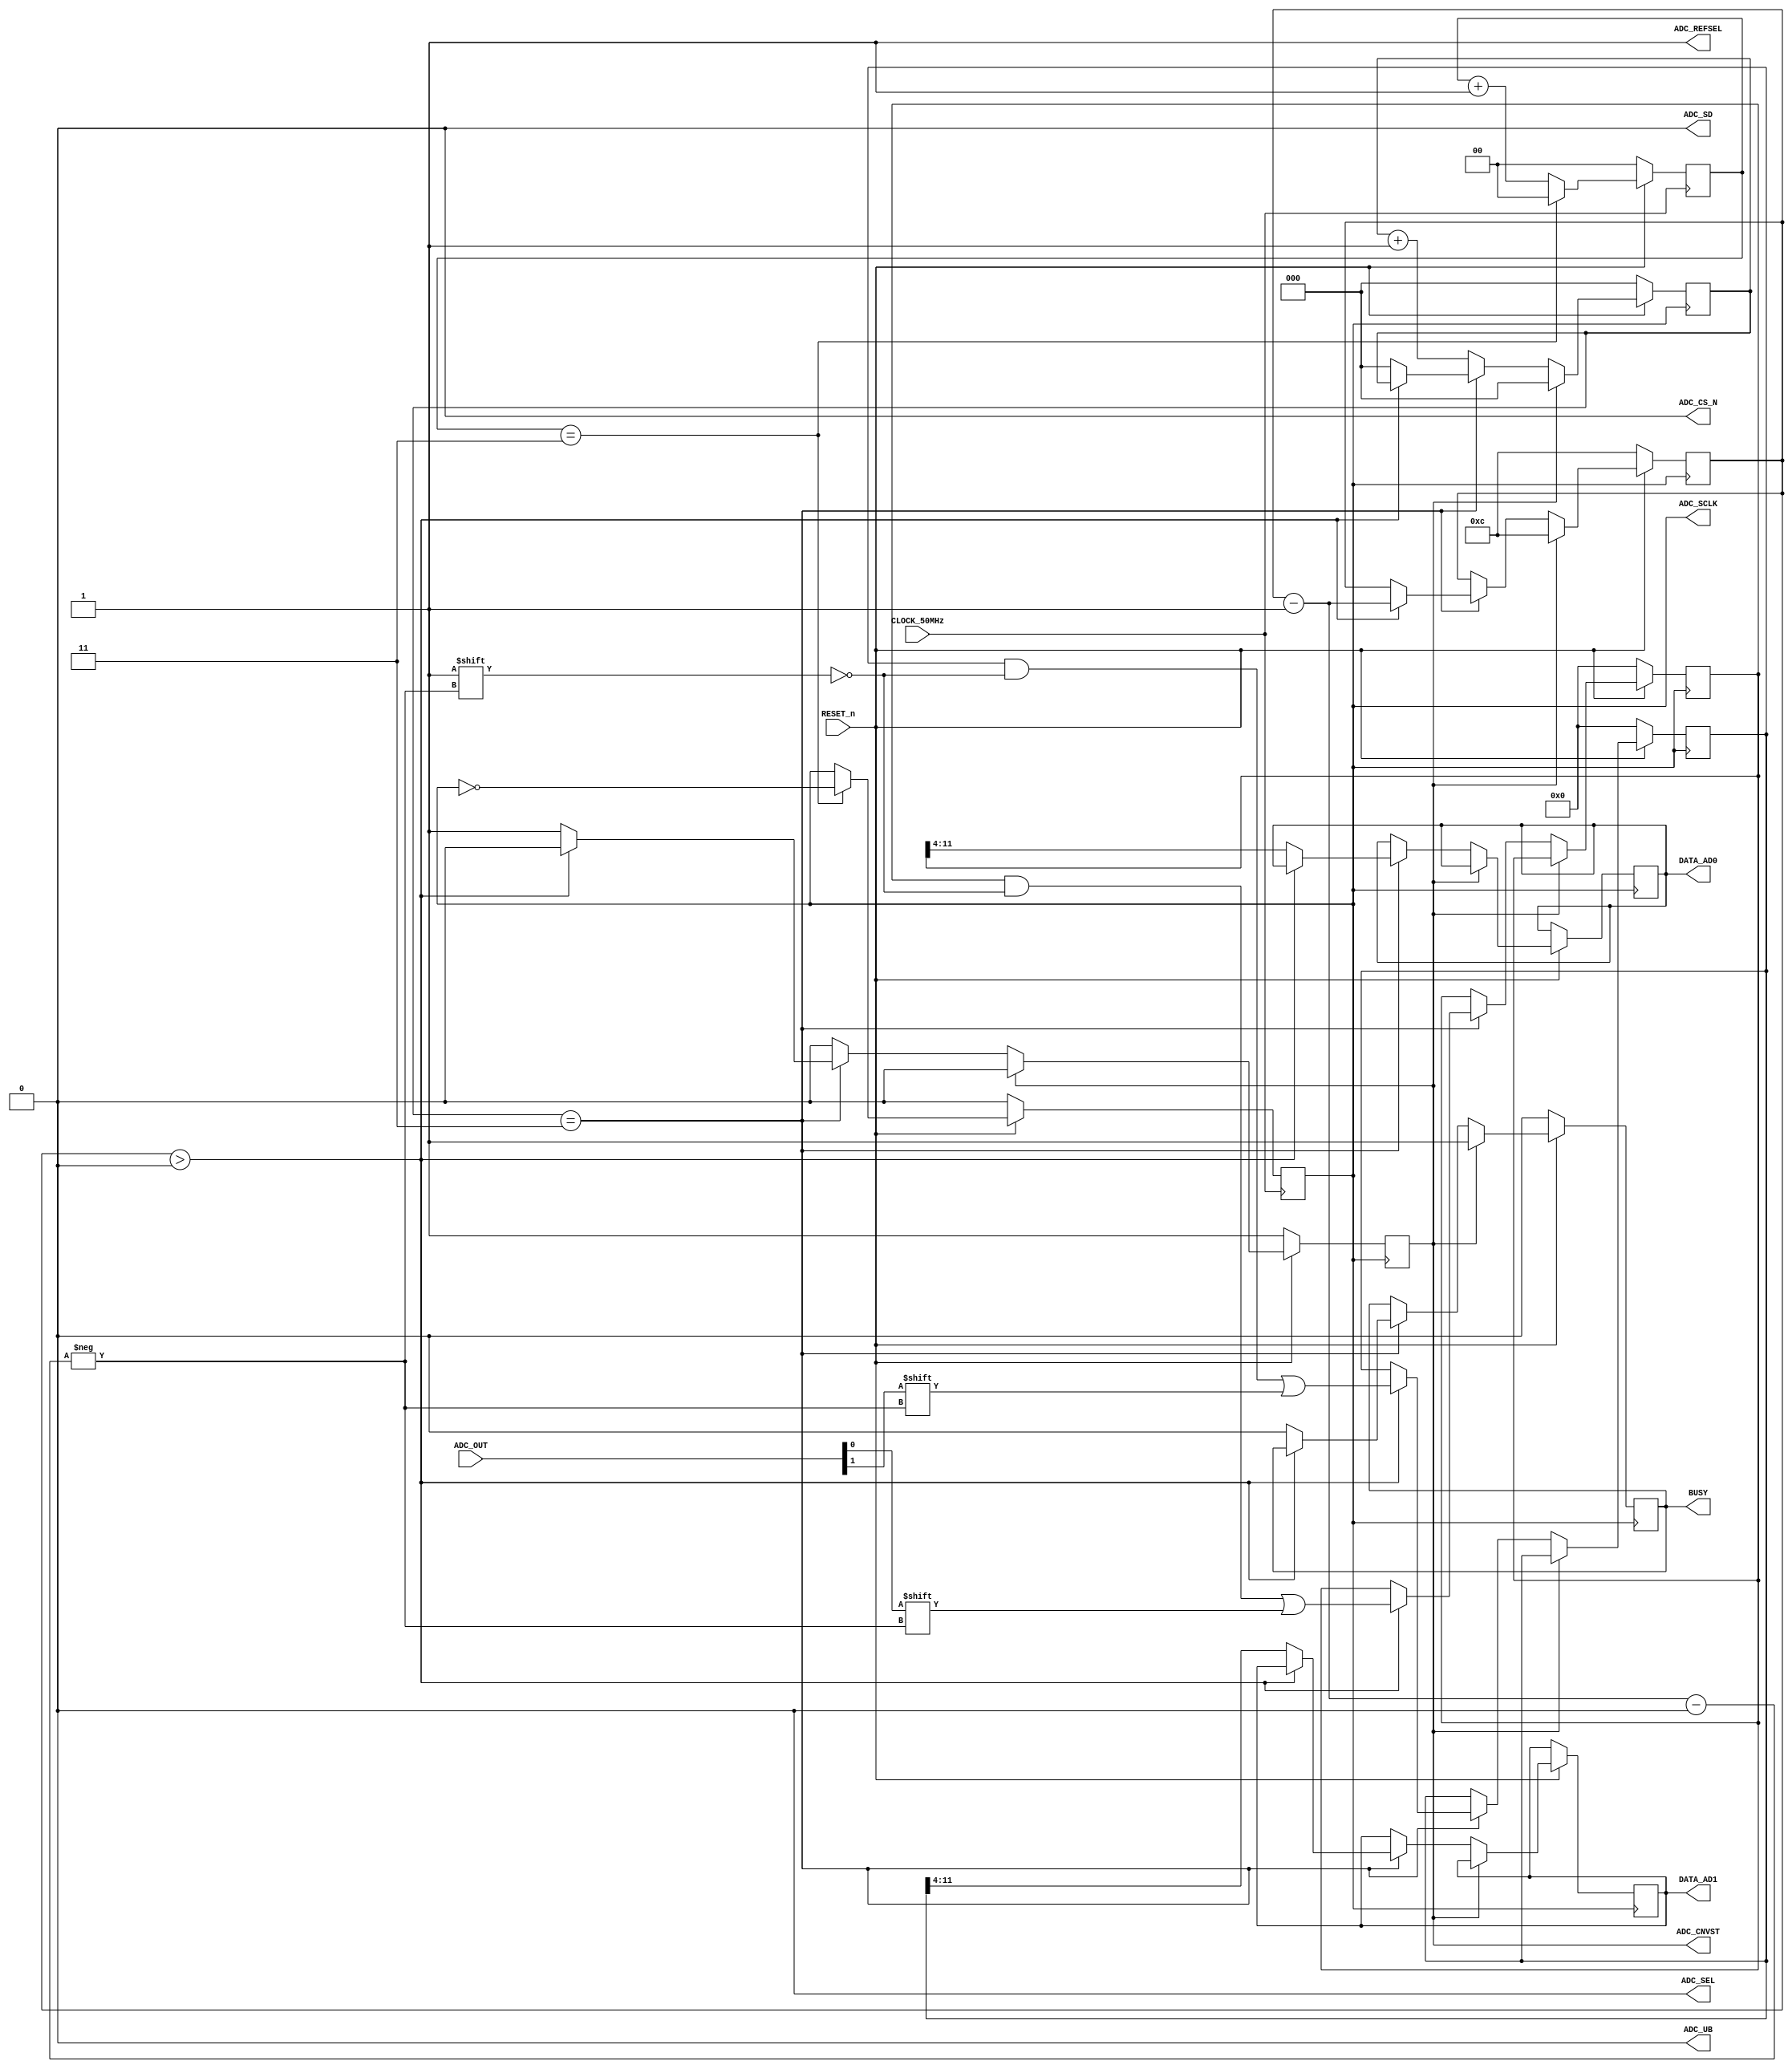
//CONVERSOR ADC MAX 1379 SPI 
// Havallon
// 03/12/17
//Revisao
//Fabio
//14/12/17
module AD(
	RESET_n, 
	CLOCK_50MHz, 
	ADC_OUT, 
	ADC_CNVST, 
	ADC_CS_N, 
	ADC_REFSEL, 
	ADC_SCLK, 
	ADC_SD, 
	ADC_UB,
	ADC_SEL,
	BUSY,
	DATA_AD0,
	DATA_AD1
	);
	
	input RESET_n;
	input CLOCK_50MHz;
	input [1:0]ADC_OUT;
	output reg ADC_CNVST;//1 = sem conversao, 0 = inicia uma conversao
	output ADC_CS_N;//chip enable
	output ADC_REFSEL;
	output reg ADC_SCLK;
	output ADC_SD;
	output ADC_UB;
	output ADC_SEL;
	output reg BUSY;
	output reg [7:0] DATA_AD0;
	output reg [7:0] DATA_AD1;

	assign ADC_CS_N   = 1'b0;//habilita o modulo
	assign ADC_REFSEL = 1'b1;//define a tensao de referencial como externa
	//configura o modulo como dual e disponibiliza os dados dos conversores ao mesmo tempo na saida
	assign ADC_SD     = 1'b0;
	assign ADC_UB     = 1'b0;
	assign ADC_SEL    = 1'b0;
	
	reg [1:0] counter;
	reg [2:0] latencia;
	reg [19:0] timing;
	reg [11:0] data0;
	reg [11:0] data1;
	reg [3:0]i; 
	
	//Gerando o pulso de SCLK de 8.333MHz - periodo 120.004800192ms
	always @ (posedge CLOCK_50MHz) 
	begin
		if (!RESET_n) begin
			ADC_SCLK    <= 1'b0;
			counter 		<= 2'd0;
		end 
		else 
		begin
			if (counter == 2'd3) 
			begin
				ADC_SCLK <= ~ADC_SCLK;
				counter	<= 2'd0;
			end
			else 
			begin
				counter <= counter + 2'd1;
			end
		end
	end
	
	always @ (posedge ADC_SCLK) 
	begin
		if (!RESET_n) 
		begin
			ADC_CNVST 	<= 1'b1;
			BUSY 		<= 1'b0;
			data0     	<= 12'd0;
			data1     	<= 12'd0;
			latencia  	<= 3'd0;
			timing    	<= 5'd0;
			i         	<= 4'd12;
		end 
		else 
		begin//inicia a conversao imediatamente depois do reset
			if (ADC_CNVST) 
			begin
				ADC_CNVST 	<= 1'b0;
				BUSY		<= 1'b1;;
				timing    	<= 5'd0;
				latencia  	<= 3'd0;
				i         	<= 4'd12;
			end
			else 
			begin//apos o 
				if (latencia == 3'd3) //verificando o 5 pulso para iniciar a leitura
				begin
					if(i>3'd0)
					begin
						data0[i- 1'b1] <= ADC_OUT[0];
						data1[i- 1'b1] <= ADC_OUT[1];
						i <= i - 1'b1;
					end
					else
					begin
						DATA_AD0 	<= data0[11:4];
						DATA_AD1 	<= data1[11:4];
						latencia 	<= 3'd0;
						ADC_CNVST 	<= 1'b1;
						BUSY 			<= 1'b0;
					end
				end 
				else 
				begin
					latencia <= latencia + 1'd1;
				end
			end
		end
	end
endmodule